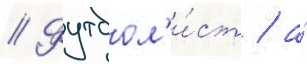
// Футбол'и́ст / а́